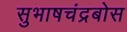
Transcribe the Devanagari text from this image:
सुभाषचंद्रबोस